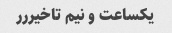
یکساعت و نیم تاخیررر